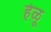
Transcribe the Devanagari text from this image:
हेळू